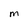
Character: M